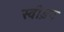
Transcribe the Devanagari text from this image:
स्वी़डन